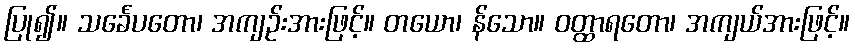
ပြု၍။ သင်္ခေပတော၊ အကျဉ်းအားဖြင့်။ တယော၊ န်သော။ ဝတ္ထာရတော၊ အကျယ်အားဖြင့်။